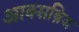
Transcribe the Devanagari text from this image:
आक्सब्रिज